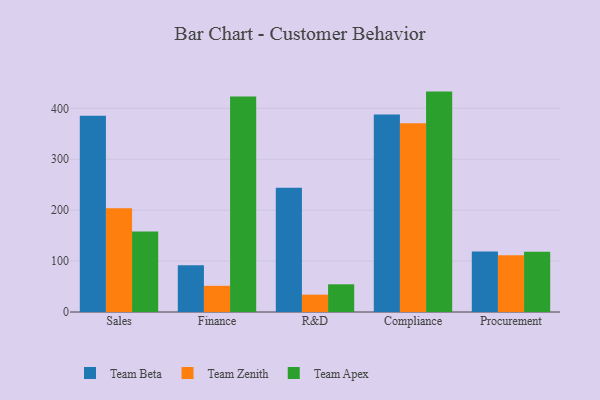
{"axis": {"x": "Department", "y": "Operating Costs (USD K)"}, "legend": ["Team Apex", "Team Beta", "Team Zenith"], "data": [{"x": "Sales", "y": 385.6, "type": "Team Beta"}, {"x": "Sales", "y": 203.9, "type": "Team Zenith"}, {"x": "Sales", "y": 158.2, "type": "Team Apex"}, {"x": "Finance", "y": 91.6, "type": "Team Beta"}, {"x": "Finance", "y": 51.4, "type": "Team Zenith"}, {"x": "Finance", "y": 423.2, "type": "Team Apex"}, {"x": "R&D", "y": 243.9, "type": "Team Beta"}, {"x": "R&D", "y": 34.0, "type": "Team Zenith"}, {"x": "R&D", "y": 54.4, "type": "Team Apex"}, {"x": "Compliance", "y": 387.8, "type": "Team Beta"}, {"x": "Compliance", "y": 370.5, "type": "Team Zenith"}, {"x": "Compliance", "y": 432.8, "type": "Team Apex"}, {"x": "Procurement", "y": 119.0, "type": "Team Beta"}, {"x": "Procurement", "y": 111.5, "type": "Team Zenith"}, {"x": "Procurement", "y": 118.4, "type": "Team Apex"}]}